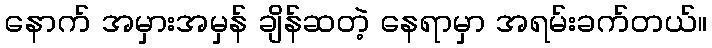
နောက် အမှားအမှန် ချိန်ဆတဲ့ နေရာမှာ အရမ်းခက်တယ်။